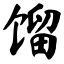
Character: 馏